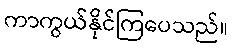
ကာကွယ်နိုင်ကြပေသည်။